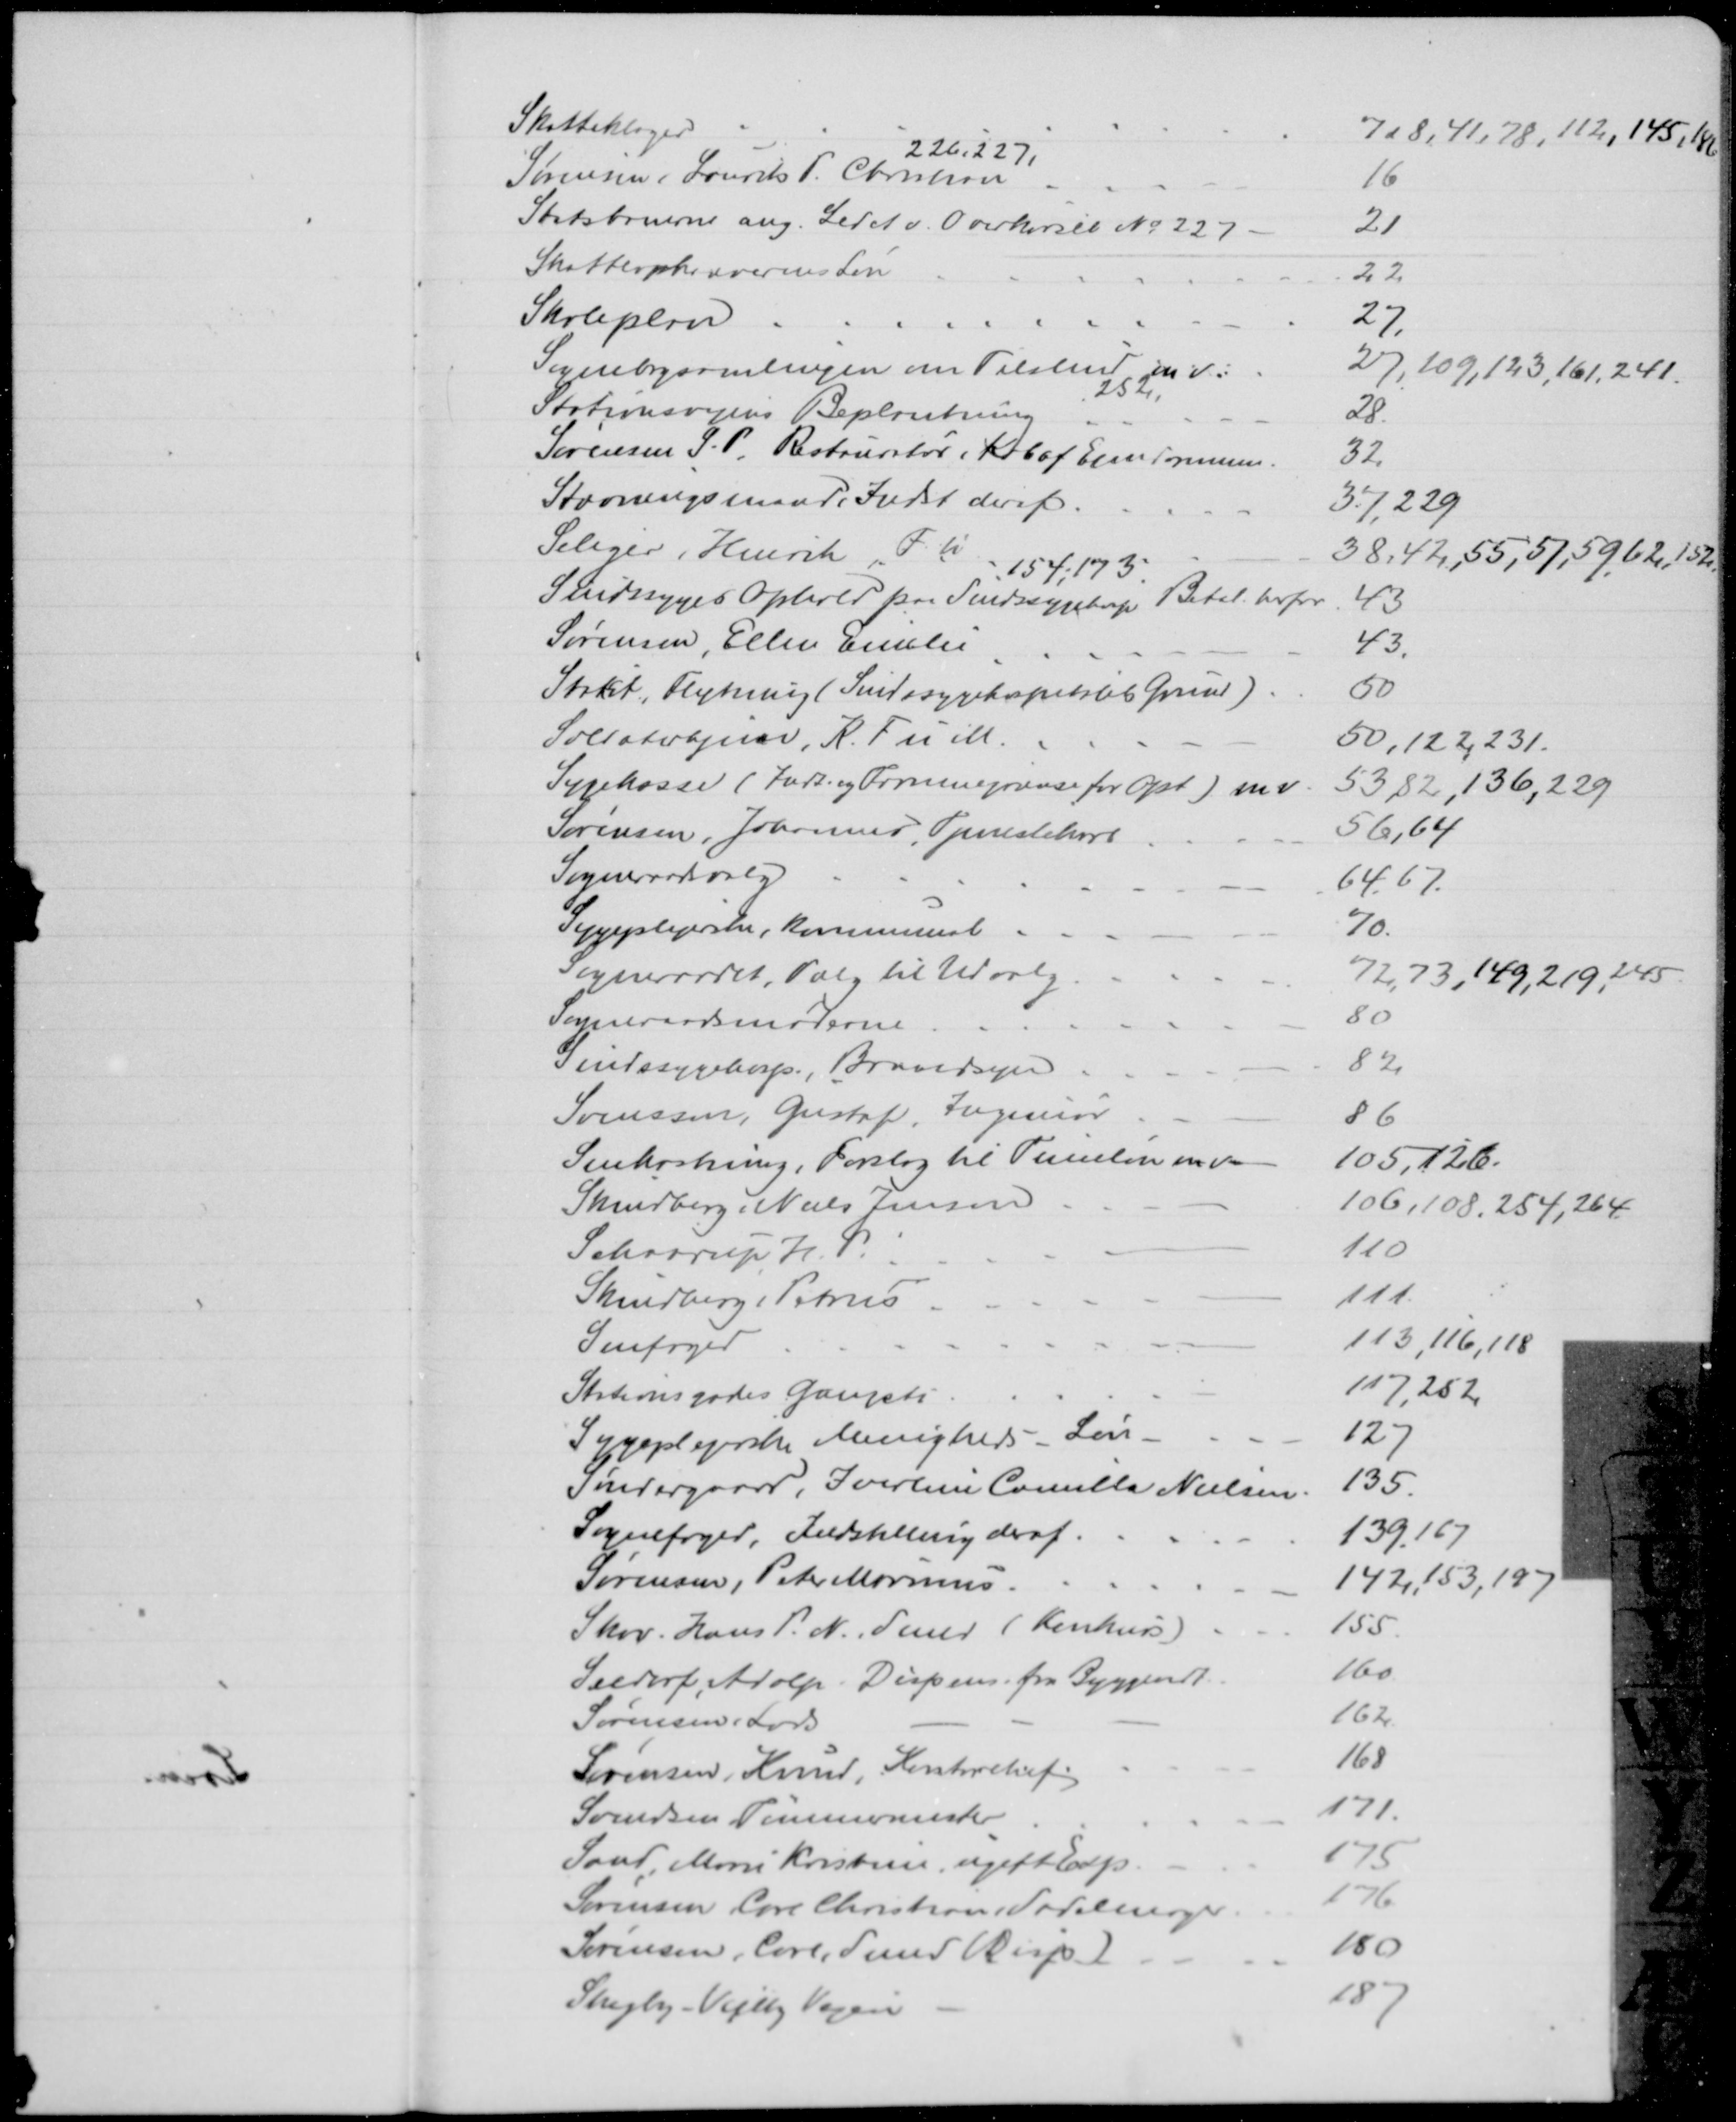
Transskription:
Skatteklager
7, 8,41, 78, 112, 145, 186
226, 227,
Sørensen, Laurits P. Christian
16
Statsbanerne ang. Ledet v. Overkørsel № 227
21
Skatteopkræverens Løn
22
Skoleplan
27
Sognebogsamlingen om Tilskud m. v.
27, 109, 123, 161, 241
252
Stationsvejens Beplantning
28
Sørensen S. P. Restauratør, Køb af Ejendommen.
32
Stævningsmand, Indst deraf
37, 229
Seliger, Henrik F. u 
38, 42, 55, 57, 59, 62, 152
154, 173
Sindssyges Ophold paa Sindssygehosp Betal. herfor
43
Sørensen, Ellen Emilie
43
Stakit, Flytning (Sindssygehospitalets Grund)
50
Soldaterhjem, K. F u M
50,122, 231
Sygekasse (Indt. og Formuegrænse for Opt) m. v
53, 82, 136, 229
Sørensen, Johannes, Tjenestekarl
56, 64
Sogneraadsvalg
64, 67
Sygeplejerske, kommunal
70
Sogneraadet, Valg til Udvalg
72, 73, 149, 219, 245
Sogneraadsmøderne
80
Sindssygehosp., Brandsyn
82
Svensson, Gustaf, Ingeniør
86
Snekastning. Forslag til Timeløn m.v 
105, 126
Skindberg, Niels Jensen
106,108, 254, 264
Schaarup H. P.
110
Skindberg, Petrus
111
Snefoged
113, 116, 118
Stationsgades Gangsti
117, 252
Sygeplejerske, Menigheds - Løn.
127
Søndergaard, Iverline Camilla Nielsen
135
Sognefoged, Indstilling deraf
139, 167
Sørensen, Peter Marinus
142, 153, 197
Skov, Hans P. N. Smed (Konkurs)
155
Seedorf, Adolp. Dispens. fra Byggevedt
160
Sørensen, Lars
162
Sørensen, Knud, Kontorchef
168
Svendsen Tømmermester
171
Sand, Marie Kristine ugift Exp
175
Sørensen, Carl Christian, Sadelmager
176
Sørensen, Carl, Smed (Disp)
180
Skejby - Vejlby Vejen
187